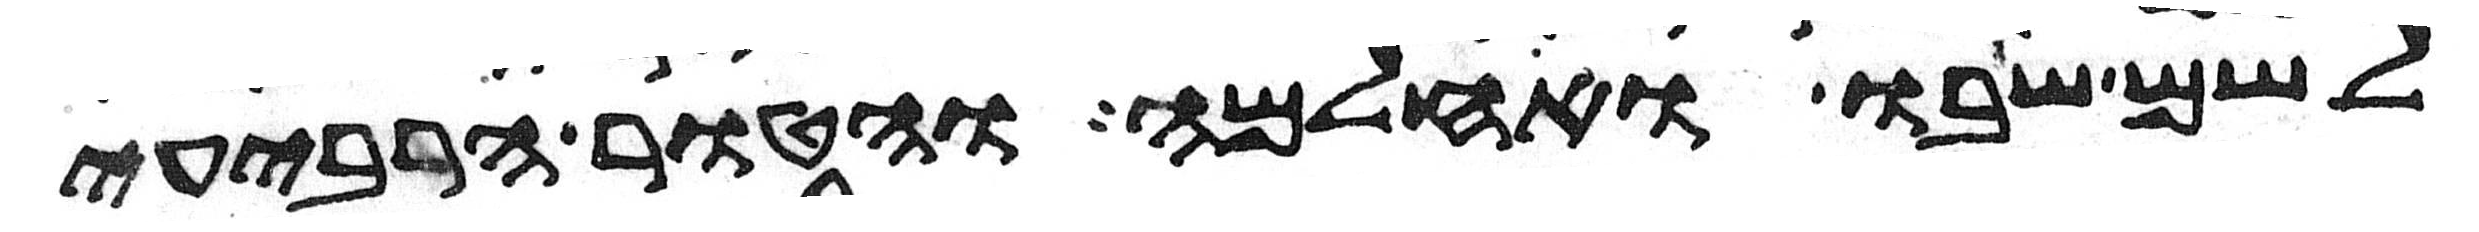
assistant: לשם שבו ואחלמה והטור הרביעי